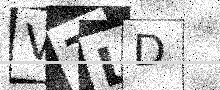
Text: V7LD